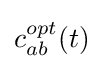
c_{ab}^{opt}(t)